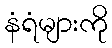
နံရံများကို